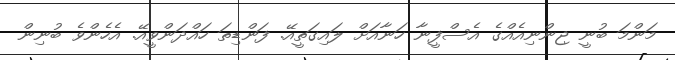
މަންމަ ބުނީ ޖިންނިއެއްގެ އެސްފީނާ ހަނާއަށް ލައިގަތީއޭ. ފަންޑިތަ ހައްދަންވީއޭ. އެހެންވެ ބުނިން